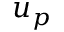
u _ { p }